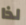
لذا